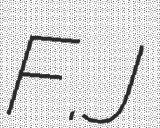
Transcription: F.J